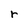
Character: r